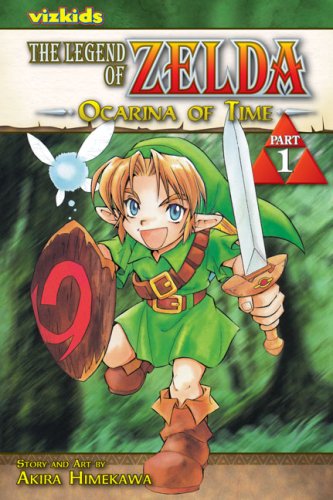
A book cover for The Legend of Zelda: Ocarina of Time, Vol. 1; Akira Himekawa; Comics & Graphic Novels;